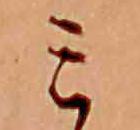
ミ